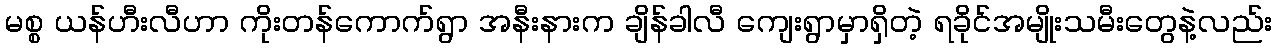
မစ္စ ယန်ဟီးလီဟာ ကိုးတန်ကောက်ရွာ အနီးနားက ချိန်ခါလီ ကျေးရွာမှာရှိတဲ့ ရခိုင်အမျိုးသမီးတွေနဲ့လည်း